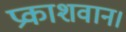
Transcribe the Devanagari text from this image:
प्रकाशवान।